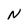
Character: N